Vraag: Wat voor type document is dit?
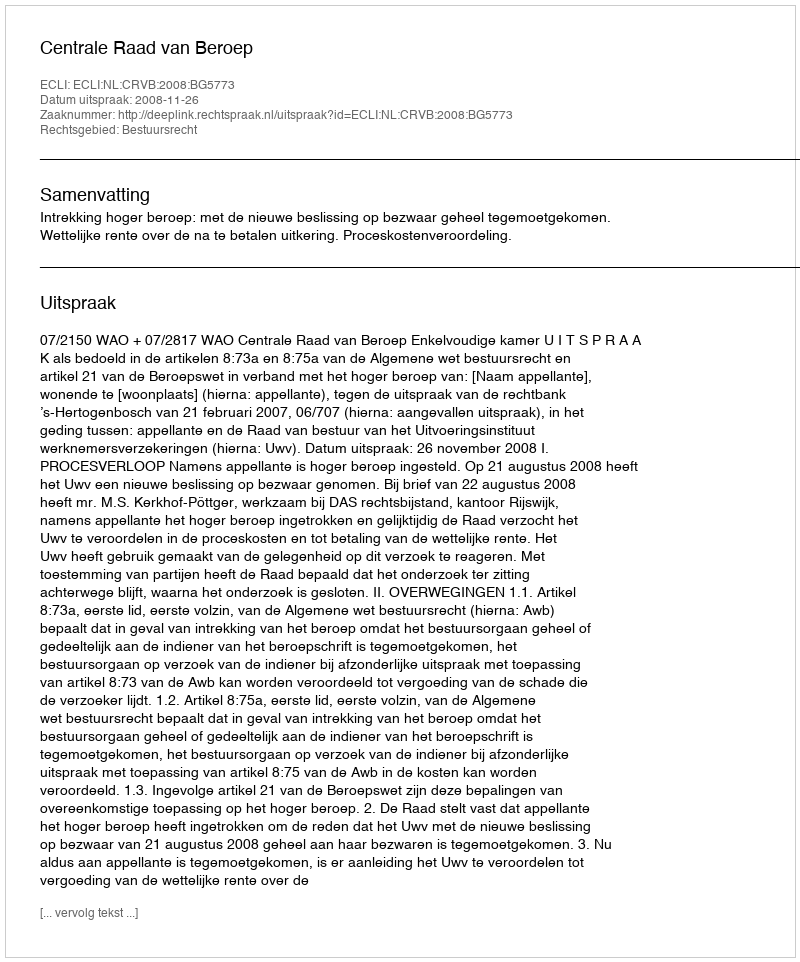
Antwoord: Uitspraak